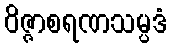
ဝိဇ္ဇာစရဏသမ္ပဒံ